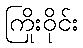
ကြိုးဝိုင်း